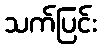
သက်ပြင်း